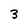
Character: 3